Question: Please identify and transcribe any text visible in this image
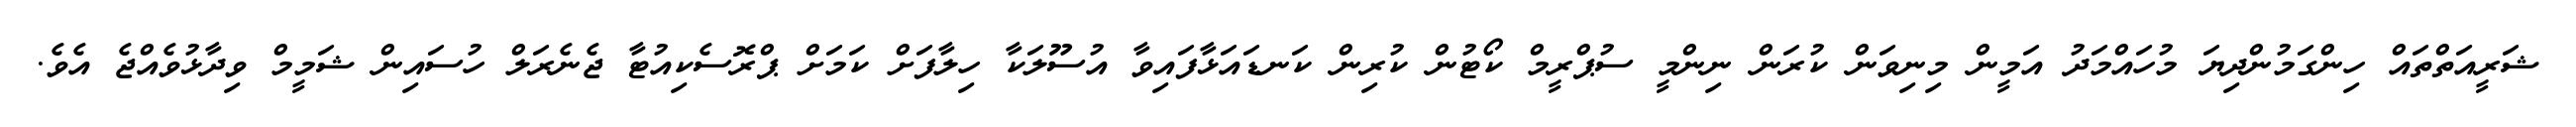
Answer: ޝަރީއަތްތައް ހިންގަމުންދިޔަ މުހައްމަދު އަމީން މިނިވަން ކުރަން ނިންމީ ސުޕްރީމް ކޯޓުން ކުރިން ކަނޑައަޅާފައިވާ އުސޫލަކާ ހިލާފަށް ކަމަށް ޕްރޮސެކިއުޓާ ޖެނެރަލް ހުސައިން ޝަމީމް ވިދާޅުވެއްޖެ އެވެ.